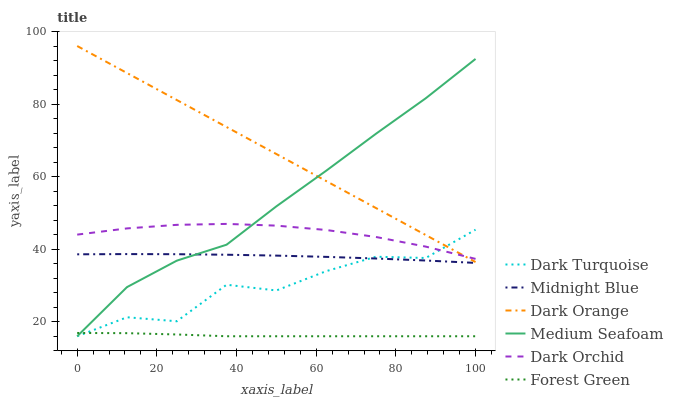
| xaxis_label | Dark Turquoise | Midnight Blue | Dark Orange | Medium Seafoam | Dark Orchid | Forest Green |
 | --- | --- | --- | --- | --- | --- | --- |
 | 0 | 16 | 38.6 | 96 | 16 | 44 | 16.9 |
 | 12.5 | 21.2 | 38.7 | 88.6 | 29.5 | 45.7 | 16.8 |
 | 25 | 20.1 | 38.6 | 81.1 | 36.8 | 46.7 | 16.5 |
 | 37.5 | 30.2 | 38.5 | 73.7 | 41.2 | 47 | 16 |
 | 50 | 28.6 | 38.2 | 66.2 | 51.8 | 46.5 | 16 |
 | 62.5 | 33.9 | 37.9 | 58.8 | 61.6 | 45.3 | 16 |
 | 75 | 37.9 | 37.4 | 51.3 | 71.8 | 43.4 | 16 |
 | 87.5 | 37.6 | 36.9 | 43.9 | 81.6 | 40.7 | 16 |
 | 100 | 45.4 | 36.2 | 36.5 | 92.4 | 37.3 | 16 |